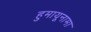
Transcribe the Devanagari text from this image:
हुमायूनामा